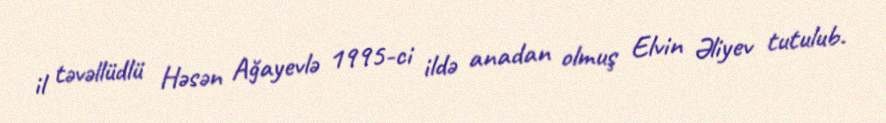
il təvəllüdlü Həsən Ağayevlə 1995-ci ildə anadan olmuş Elvin Əliyev tutulub.